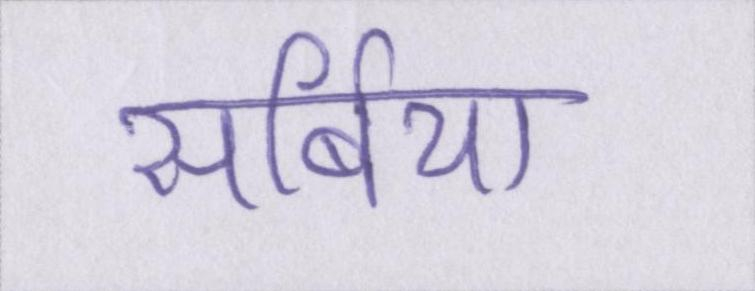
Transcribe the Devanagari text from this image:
सर्बिया